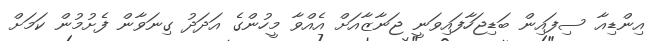
އިންޑިއާ ސިފައިން ބަޑިޖަހާފައިވަނީ ޖަނާޒާއަށް އެއްވާ މީހުންގެ އަދަދު ގިނަވާން ފެށުމުން ކަމަށް